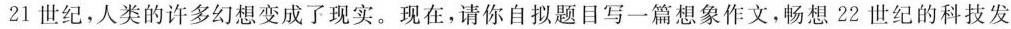
21世纪，人类的许多幻想变成了现实。现在，请你自拟题目写一篇想象作文，畅想22世纪的科技发